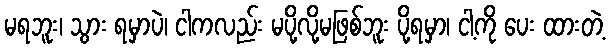
မရဘူး၊ သွား ရမှာပဲ၊ ငါကလည်း မပို့လို့မဖြစ်ဘူး ပို့ရမှာ၊ ငါ့ကို ပေး ထားတဲ့